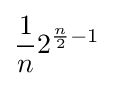
{\frac {1}{n}}2^{{\frac {n}{2}}-1}